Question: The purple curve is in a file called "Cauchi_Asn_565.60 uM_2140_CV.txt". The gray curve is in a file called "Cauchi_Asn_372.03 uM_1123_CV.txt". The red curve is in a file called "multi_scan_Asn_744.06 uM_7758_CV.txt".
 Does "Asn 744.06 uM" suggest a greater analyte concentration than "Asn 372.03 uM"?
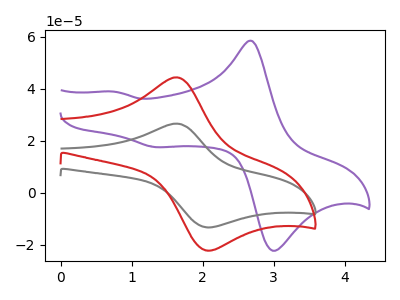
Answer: <think>The purple curve "Asn 565.60 uM" has anodic peaks at (2.70V, 58.35uA) (0.75V, 38.85uA) and cathodic peaks at (3.05V, -21.80uA) (1.35V, 17.55uA). The gray curve "Asn 372.03 uM" has an anodic peak at (1.60V, 26.60uA) and a cathodic peak at (2.05V, -13.25uA). The red curve "Asn 744.06 uM" has an anodic peak at (1.60V, 44.35uA) and a cathodic peak at (2.05V, -22.15uA).
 All the peaks in "Asn 744.06 uM" have a peak in "Asn 372.03 uM" at the same potential. Every peak in "Asn 744.06 uM" is higher than every peak in "Asn 372.03 uM".</think>
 <answer>"Asn 744.06 uM" has more signal than "Asn 372.03 uM".</answer>
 <eval>more_signal</eval>